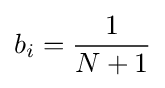
b_{i}={\frac {1}{N+1}}